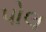
પોલ